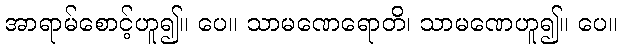
အာရာမ်စောင့်ဟူ၍။ ပေ။ သာမဏေရောတိ၊ သာမဏေဟူ၍။ ပေ။